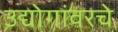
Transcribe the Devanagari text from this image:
उद्योगांवरचे